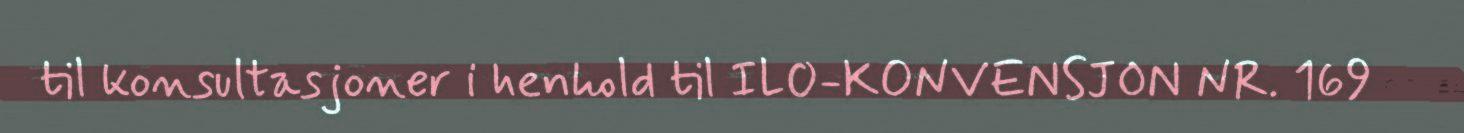
til konsultasjoner i henhold til ILO-KONVENSJON NR. 169